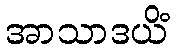
အာသာဒယိံ